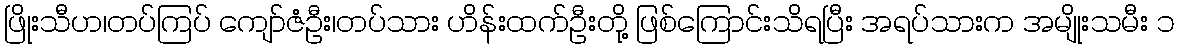
ဖြိုးသီဟ၊တပ်ကြပ် ကျော်ဇံဦး၊တပ်သား ဟိန်းထက်ဦးတို့ ဖြစ်ကြောင်းသိရပြီး အရပ်သားက အမျိုးသမီး ၁